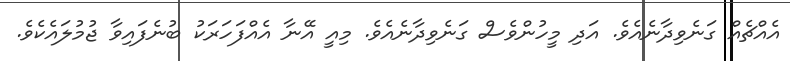
އެއްޗެއް ގަނެވިދާނެއެވެ. އަދި މީހުންވެސް ގަނެވިދާނެއެވެ. މިއީ އޭނާ އެއްފަހަރަކު ބުނެފައިވާ ޖުމުލައެކެވެ.